Report of the Indian Hemp Drugs Commission, 1894-1895 - Volume VII
Year: 1894
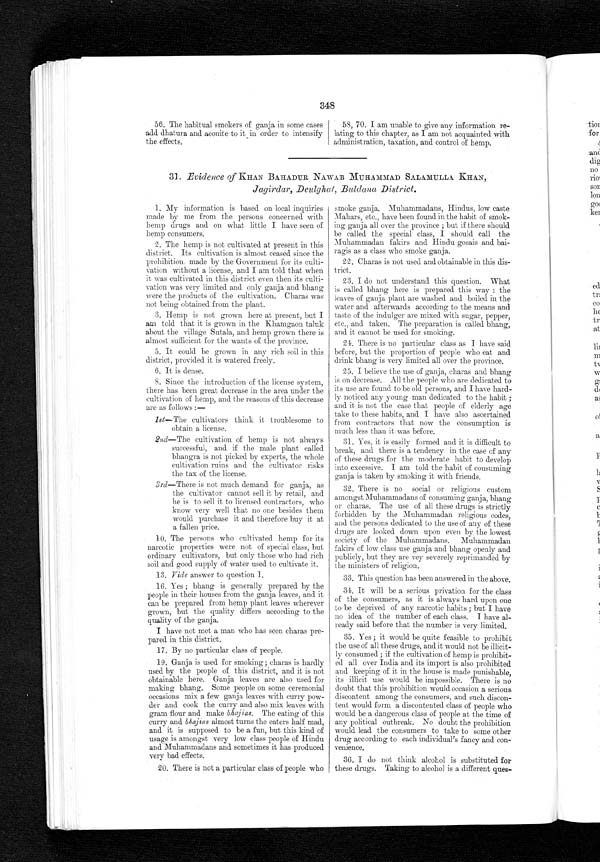
348
56. The habitual smokers of ganja in some cases
add dhatura and aconite to it in order to intensify
the effects.
58, 70. I am unable to give any information re-
lating to this chapter, as I am not acquainted with
administration, taxation, and control of hemp.
31 Evidence of KHAN BAHADUR NAWAB MUHAMMA.D SALAMULLA KHA.N,
Jagirdar, Deulghat, Buldana District.
1. My information is based on local inquiries
made by me from the persons concerned with
hemp drugs and on what little I have seen of
hemp consumers.
2.The hemp is not cultivated at present in this
district. Its cultivation is almost ceased since the
prohibition. made by the Government for its culti-
vation without a license, and I am told that when
it was cultivated in this district even then its culti-
vation was very limited and only ganja and bhang
were the products of the cultivation. Charm was
not being obtained from the plant.
3. Hemp is not grown here at present, but I
am told that it is grown in the Khamgaon taluk
about the village Sutala, and hemp grown there is
almost sufficient for the wants of the province.
5. It could be grown in any rich soil in this
district, provided it is watered freely.
6, It is dense.
S. Since the introduction of the license system,
there has been great decrease in the area under the
cultivation of hemp, and the reasons of this decrease
are as follows :
—
1st—The cultivators think it troublesome to
obtain a license.
2nd—The cultivation of hemp is not always
successful, and if the male plant called
bhangra is not picked by experts, the whole
cultivation ruins and the cultivator risks
the tax of the license.
3rd—There is not much demand for ganja, as
the cultivator cannot sell it by retail, and
he is to sell it to lice
n s e d c o n t r a c t o r s , w h o k n o w v e r y w e l l t h a t n o o n e b e s i d e s t h e m
would purchase it and therefore buy it at
a fallen price.
10. The persons who cultivated hemp for its
narcotic properties were not of special class, but
ordinary cultivators, but only those who had rich
soil and good supply of water used to cultivate it.
13. Vide answer to question 1.
16. Yes ; bhang is generally prepared by the
people in their houses from the ganja leaves, and it
can be prepared from hemp plant leaves wherever
grown, but the quality differs according to the
quality of the ganja.
I have not met a man who has seen charm pre-
pared in this district.
17.By no particular class of people.
19.Ganja is used for smoking; charas is hardly
used by the people of this district, and it is not
obtainable here. Ganja leaves are also used for
making bhang. Some people on some ceremonial
occasions mix a few ganja leaves with curry pow-
der and cook the curry and also mix leaves with
g r a m f l o u r a n d m a k e
b h a j i a s .
T h e e a t i n g o f t h i s
curry an. divas a most turns the eaters half mad,
and it is supposed to be a fun, but this kind of
usage is amongst very low class people of Hindu
and Muhammadans and sometimes it has produced
very bad effects.
20.There is not a particular class of people who
smoke ganja. Muhammadans, Hindus, low caste
Mahars, etc., have been found in the habit of smok-
ing ganja all over the province ; but if there should.
be called the special class, I should call the
Muhammadan fakirs and Hindu gosais and bai-
ragis as a class who smoke ganja.
22.Charas is not used and obtainable in this dis-
trict.
23.I do not understand. this question. What
is called bhang here is prepared this way : the
leaves of ganja plant are washed and boiled in the
water and afterwards according to the means and.
taste of the indulger are mixed with sugar, pepper,
etc. and taken. The preparation is called bhang,
and it cannot be used for smoking.
24.There is no particular class as I have said.
before, but the proportion of people who eat and.
drink bhang is very limited all over the province.
25.I believe the use of ganja, charas and bhang
is on decrease. All the people who are dedicated to
its use are found to be old persons, and I have hard-
ly noticed any young man dedicated to the habit ;
and it is not the case that people of elderly age
take to these habits
'
and I have also ascertained.
from contractors that now the consumption is
much less than it was before.
31.Yes, it is easily formed and it is difficult to
break, and there is a tendency in the case of any
of these drugs for the moderate habit to develop
into excessive. I am told the habit of consuming
ganja is taken by smoking it with friends.
32.There is no social or religious custom
amongst Muhammadans of consuming ganja,
bhang or charas. The use of all these drugs is strictly
forbidden by the Muhammadan religious codes,
and the persons dedicated to the use of any of these
drugs are looked down upon even by the lowest
society of the Muhammadans. Muhammadan
fakirs of low class use ganja and bhang openly and
publicly, but they are vey severely reprimanded by
the ministers of religion.
3 3 . T h i s q u e s t i o n h a s b e e n a n s w e r e d i n t h e a b o v e .
34.It will be a serious privation for the class
of the consumers, as it is always hard upon one
to be deprived of any narcotic habits ; but I have
no idea of the number of each class. I have al-
ready said before that the number is very limited.
35.Yes ; it would be quite feasible to prohibit
the use of all these drugs, and it would not be illicit-
ly consumed ; if the cultivation of hemp is prohibit-
ed all over India and its import is also prohibited.
and keeping of it in the house is made punishable,
its illicit use would be impossible. There is no
doubt that this prohibition would occasion a serious
discontent among the consumers, and such discon-
tent would form a discontented class of people who
would be a dangerous class of people at the time of
any political outbreak. No doubt the prohibition
would lead the consumers to take to some other
drug according to each individual's fancy and con-
venience.
36.I do not think alcohol is substituted for
these drugs. Taking to alcohol is a different ques-